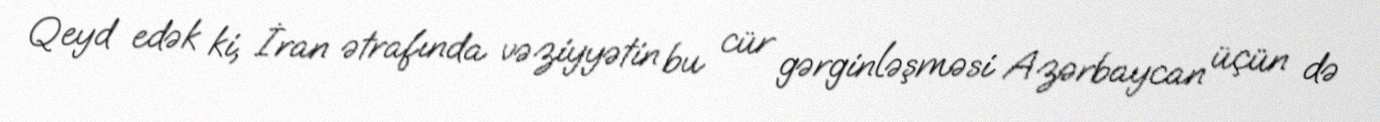
Qeyd edək ki, İran ətrafında vəziyyətin bu cür gərginləşməsi Azərbaycan üçün də